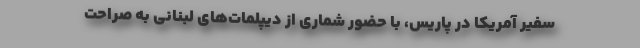
سفیر آمریکا در پاریس، با حضور شماری از دیپلمات‌های لبنانی به صراحت